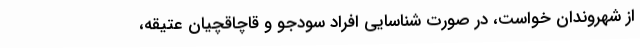
از شهروندان خواست، در صورت شناسایی افراد سودجو و قاچاقچیان عتیقه،